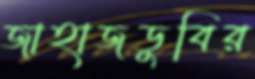
জাহাজডুবির